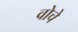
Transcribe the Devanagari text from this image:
वोचे